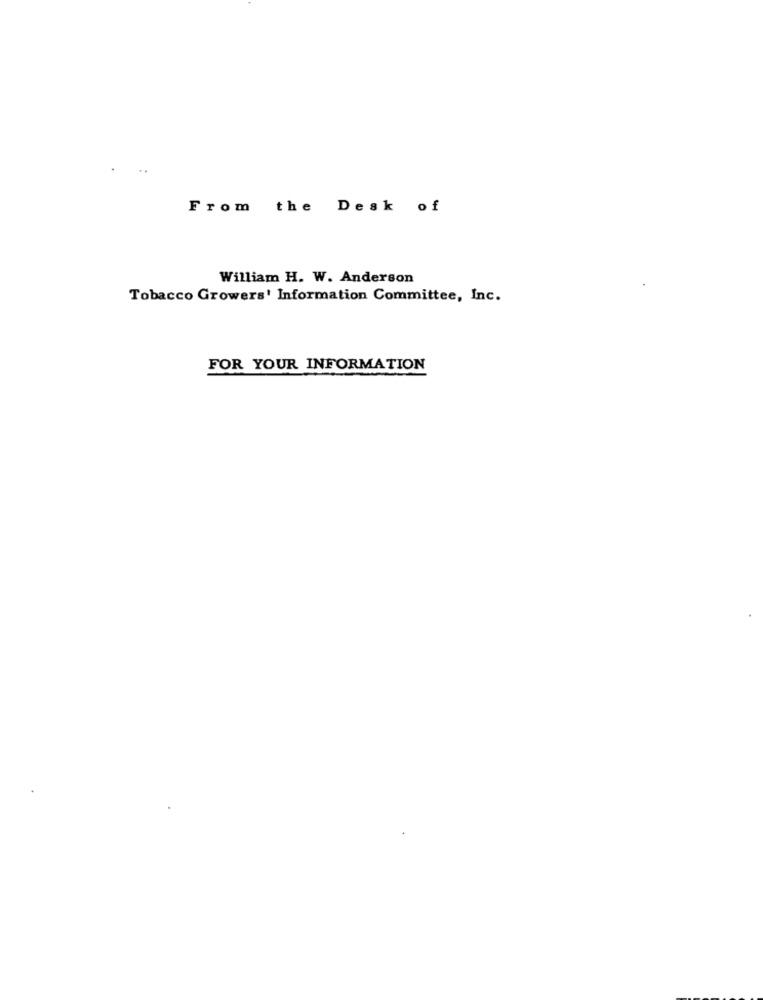
From the Desk of
William H. W. Anderson
Tobacco Growers' Information Committee, Inc.
FOR YOUR INFORMATION